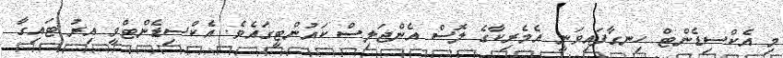
މި އެކްސިޑެންޓް ހިނގާފައިވަނީ އެމެރިކާގެ ލޮސް އެންޖަލިސް ކައުންޓީގައެވެ. އެކްސިޑެންޓްވީ އިރު ޓައިގާ